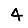
Digit: 4